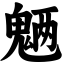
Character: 魉